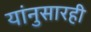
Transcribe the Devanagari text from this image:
यांनुसारही